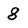
Character: 8